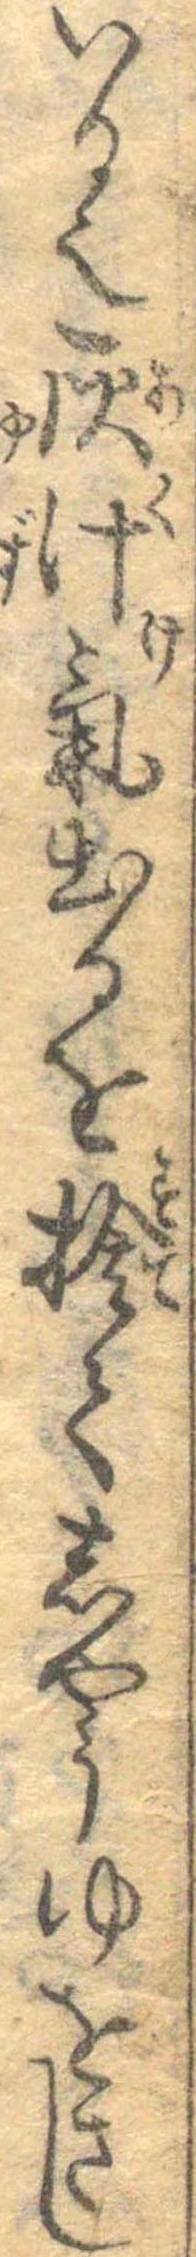
いる也灰汁気出るを捨てしやうゆをさし